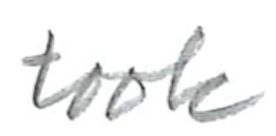
Text: took
Cross-out: clean
Writing tool: pencil